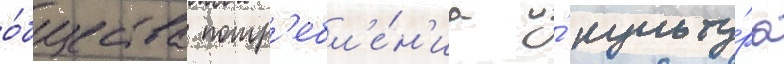
о́бщества потр'ебл'е́н'иа и́ культу́ра